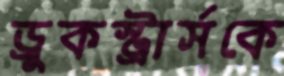
ড্রুকস্ট্রার্সকে